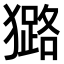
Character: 𤢊